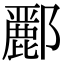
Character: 𮠑